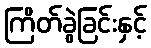
ကြိတ်ခွဲခြင်းနှင့်